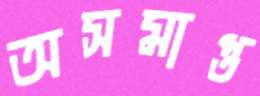
অসমাপ্ত